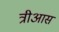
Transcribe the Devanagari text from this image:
त्रीआस